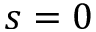
s = 0